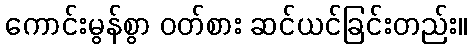
ကောင်းမွန်စွာ ဝတ်စား ဆင်ယင်ခြင်းတည်း။